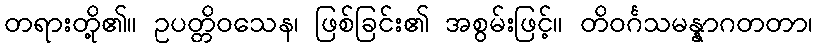
တရားတို့၏။ ဥပတ္တိဝသေန၊ ဖြစ်ခြင်း၏ အစွမ်းဖြင့်။ တိဝင်္ဂသမန္နာဂတတာ၊